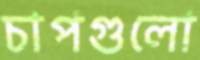
চাপগুলো